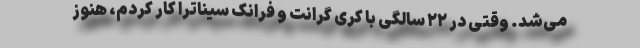
می‌شد. وقتی در ۲۲ سالگی با کری گرانت و فرانک سیناترا کار کردم، هنوز